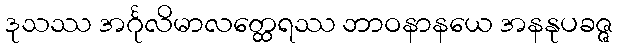
ဒုသဿ အင်္ဂုလိမာလတ္ထေရဿ ဘာဝနာနယေ အနနုပခဇ္ဇ